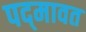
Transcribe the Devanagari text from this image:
पद्‍मावत